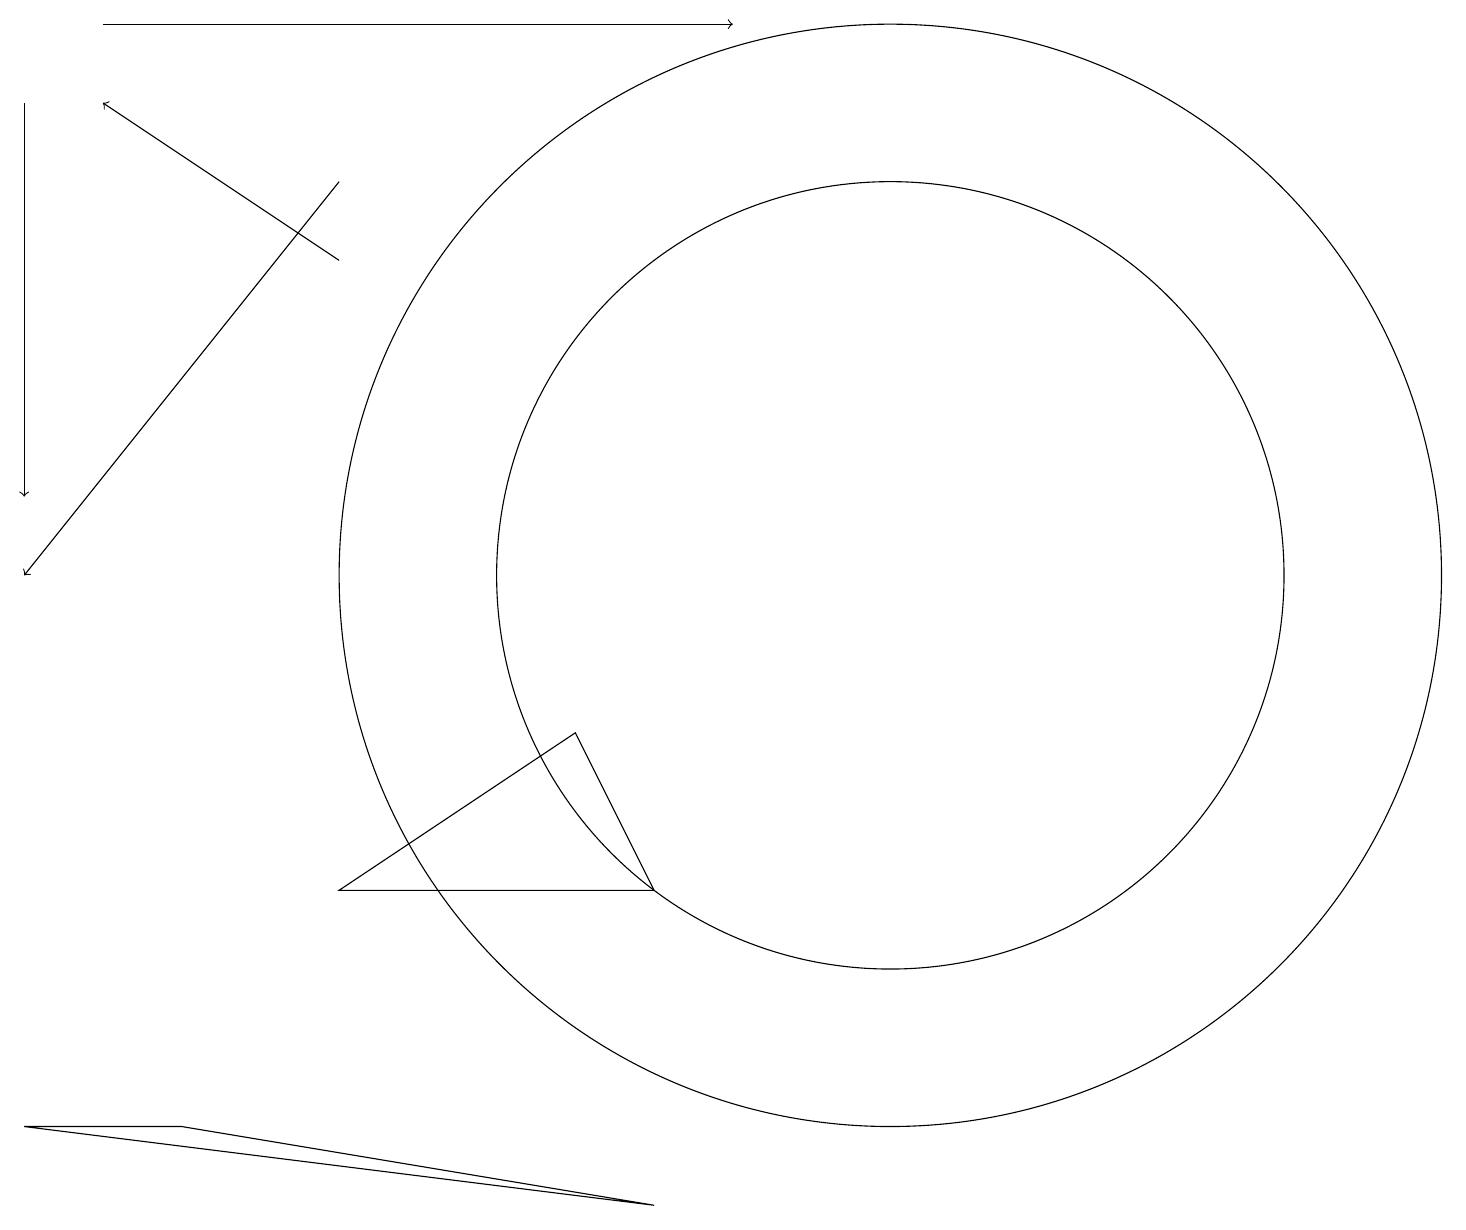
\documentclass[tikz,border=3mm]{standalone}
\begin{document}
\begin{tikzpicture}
\draw[->] (4,14) -- (1,16);
\draw (11,10) circle (5);
\draw[->] (0,16) -- (0,11);
\draw[->] (4,15) -- (0,10);
\draw (8,2) -- (0,3) -- (2,3) -- cycle;
\draw[->] (1,17) -- (9,17);
\draw (7,8) -- (4,6) -- (8,6) -- cycle;
\draw (11,10) circle (7);
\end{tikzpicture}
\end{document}